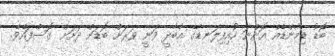
ބޮޑު ޑިމާންޑެއް އޮންނަ ހުއިފިލަނޑާގެ އާބާދީ ވަނީ ވަރަށް ބޮޑަށް ދަށަށް ގޮސްފައެވެ.